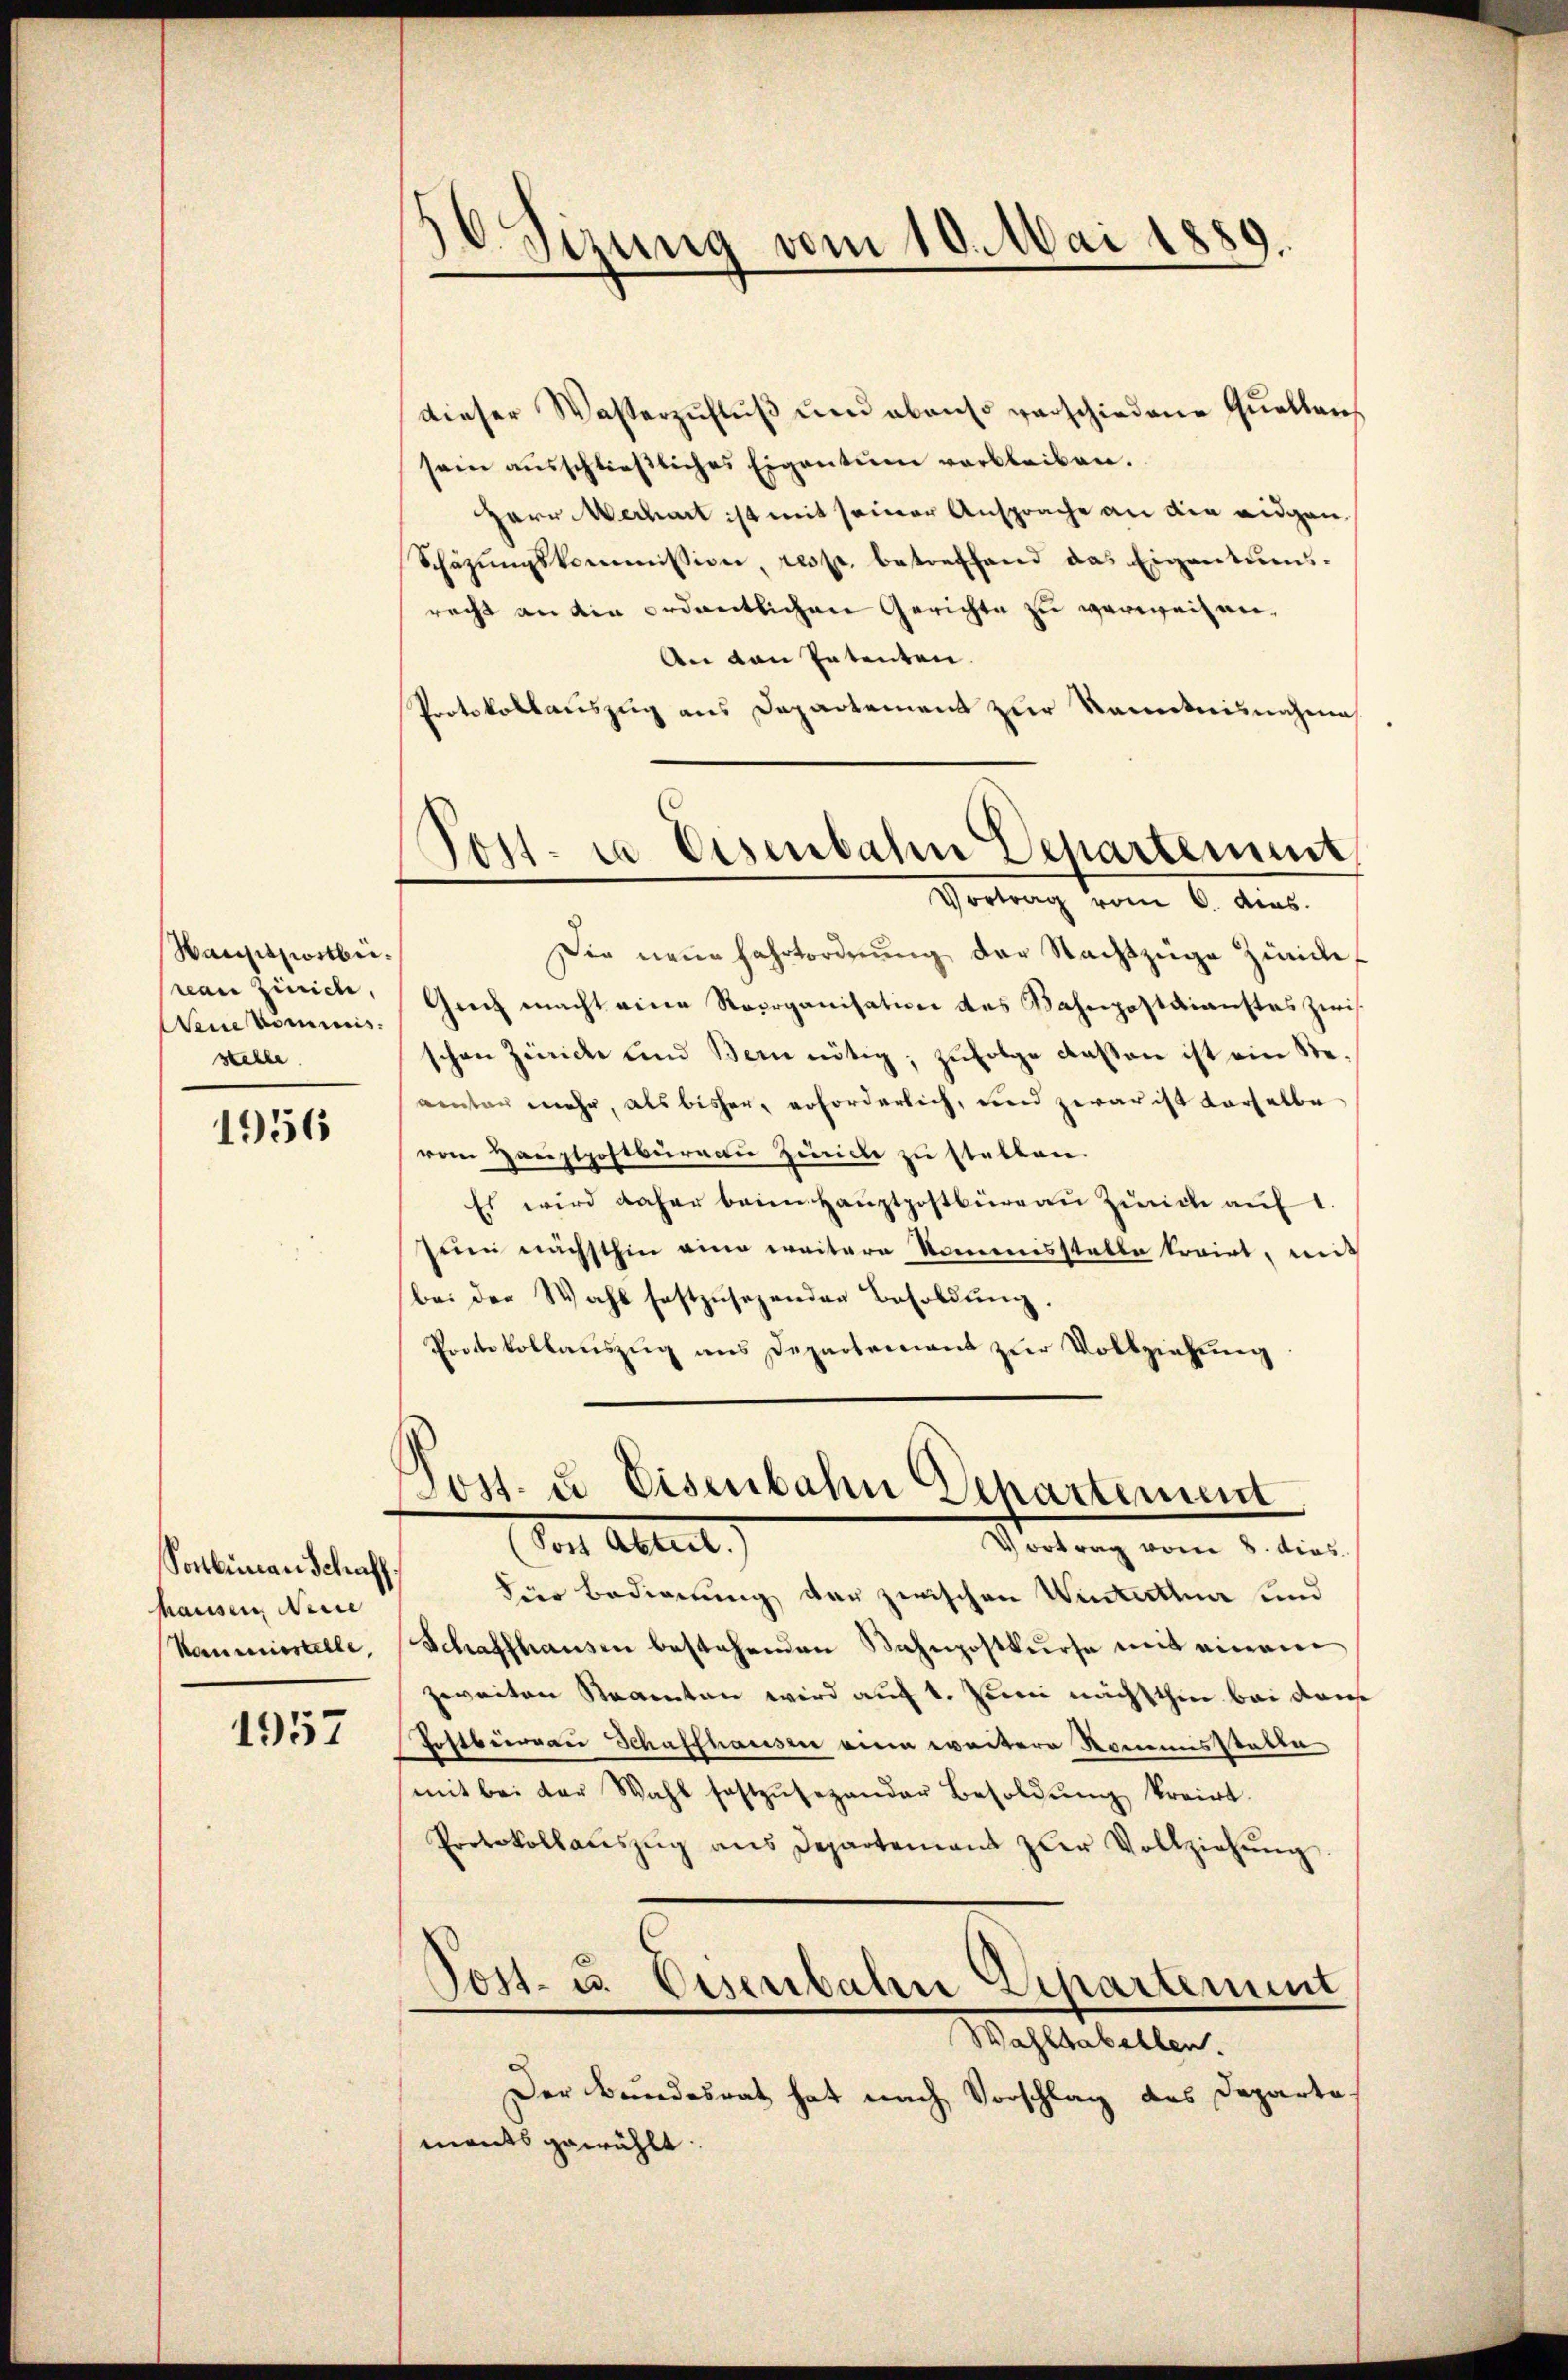
Harrispostbeirean Zürich,
Weine kommnis.
stelle

1956

Pocliman Schaff
hausen, Neue
Kommisstelle,

1957

10. Sizung vom 10. Mai 1889.

Tott. ia Eisenbahn Departement
Vortrag vom 6. ds.

dieser Wasserzufluß und ebenso verschiedene Quellens
sein aŭsschlieβliches Eigentum verbleiben.
Herr Mechart ist mit seiner Ansprache an die eidgen
Schäzŭngskommission, resp. betreffend das Eigentums-
recht an die ordentlichen Gerichte zu verweisen,
An von Patenten.
Protokollauszug aus Departement zur Kenntnisnahme
Die neue Fahrtordnung der Nachtzuge Zünde,
Guch macht eine Reorganisation des Bahnpostdienstes zwi
schen Zenicke und Bern nötig, zŭfolge dassen ist ein Reventar mehr, als bisher erforderlich, und zwar ist darselbe
vom Hauptpostbureau Zwicke zu stellen.
Es wird daher beim Hauptpostbüreau Zürich auf
sein nächsthin eine weitere Namensstatte trairt, mit
bei der Wahl festzŭsehenden Besoldŭng.
Protokollauszug aus Departement zur Vollziehung

Soss. u. Eisenbahn Departement
 Ableit
Vortrag vom 8. dies

dier Bedienung der zwischen Winterthur und
Schaffhausen bestehenden Bahnpostkurse mit einem
zweiten Staaten wird auf 1. Junii nachsthin bei dan
Postbergan Schaffhausen einen weitere Namensstatte
mit bei der Wahl festzŭsezander Besoldŭng kreirt.
Protokollaŭszŭg ans Departenant zur Vollziehŭng
Post- u. Eisenbahn Departement
Wahlbabellen.
Der Bundesrat hat nach Vorschlag des Departe.
mants gewählt